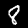
Digit: 8